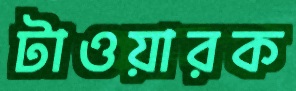
টাওয়ারক